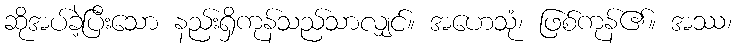
ဆိုအပ်ခဲ့ပြီးသော နည်းရှိကုန်သည်သာလျှင်။ အဟေသုံ၊ ဖြစ်ကုန်၏။ အဿ၊